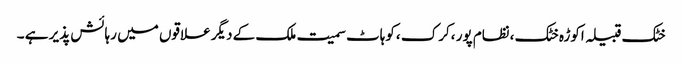
خٹک قبیلہ اکوڑہ خٹک ،نظام پور ،کرک ،کوہاٹ سمیت ملک کے دیگر علاقوں میں رہائش پذیر ہے ۔